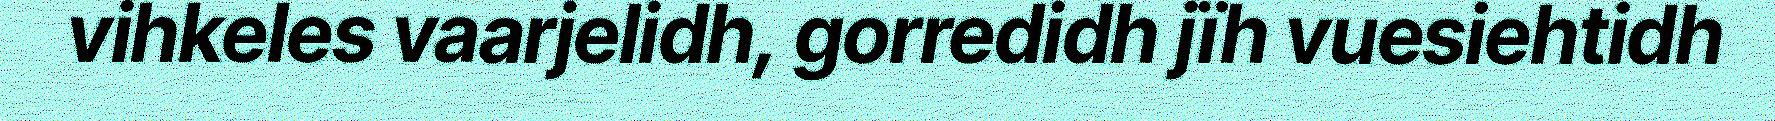
vihkeles vaarjelidh, gorredidh jïh vuesiehtidh